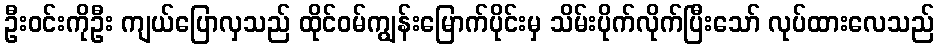
ဦးဝင်းကိုဦး ကျယ်ပြောလှသည် ထိုင်ဝမ်ကျွန်းမြောက်ပိုင်းမှ သိမ်းပိုက်လိုက်ပြီးသော် လုပ်ထားလေသည်